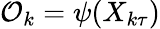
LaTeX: {\mathcal{O}_{k}=\psi(X_{k\tau})}